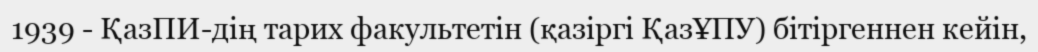
1939 - ҚазПИ-дің тарих факультетін (қазіргі ҚазҰПУ) бітіргеннен кейін,